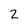
Character: 2